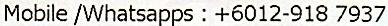
MOBILE /WHATSAPPS : +6012-918 7937